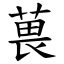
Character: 葨